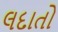
લદાતો